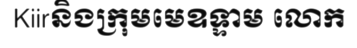
Kiirនិងក្រុមមេឧទ្ទាម លោក